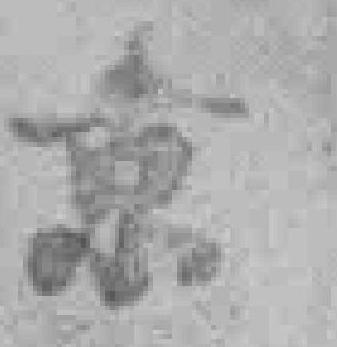
京